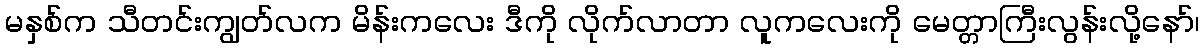
မနှစ်က သီတင်းကျွတ်လက မိန်းကလေး ဒီကို လိုက်လာတာ လူကလေးကို မေတ္တာကြီးလွန်းလို့နော်၊